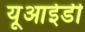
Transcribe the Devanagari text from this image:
यूआईडी